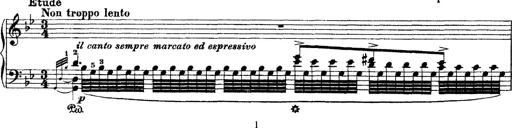
Title: Grandes Ã©tudes de Paganini
Composer: Franz Liszt